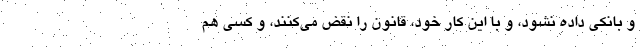
و بانکی داده نشود، و با این کار خود، قانون را نقض می‌کنند، و کسی هم